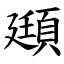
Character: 頲